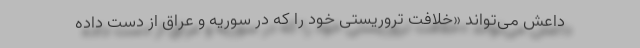
داعش می‌تواند «خلافت تروریستی خود را که در سوریه و عراق از دست داده